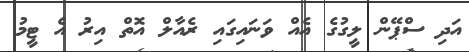
އަދި ސްޕޭން ލީގުގެ އެއް ވަނައިގައި ރެއާލް އޮތް އިރު އެ ޓީމު